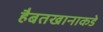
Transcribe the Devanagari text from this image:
हैबतखानाकडे